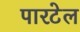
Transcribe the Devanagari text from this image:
पारटेल